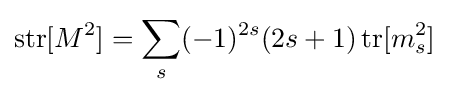
\operatorname {str} [M^{2}]=\sum _{s}(-1)^{2s}(2s+1)\operatorname {tr} [m_{s}^{2}]